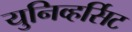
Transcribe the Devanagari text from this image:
युनिव्हर्सिट